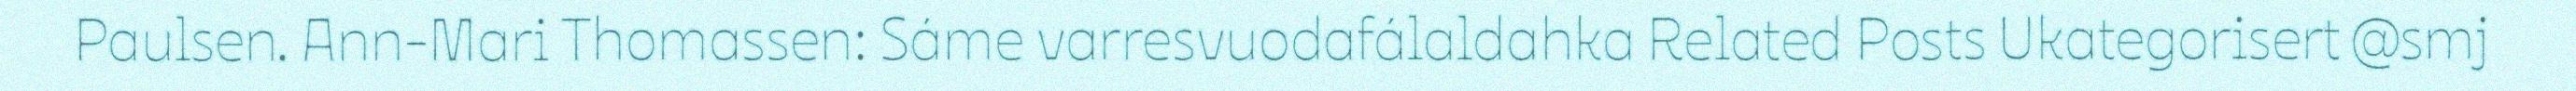
Paulsen. Ann-Mari Thomassen: Sáme varresvuodafálaldahka Related Posts Ukategorisert @smj